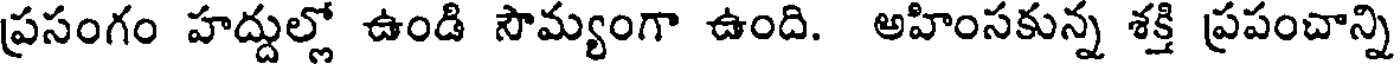
ప్రసంగం హద్దుల్లో ఉండి సౌమ్యంగా ఉంది. అహింసకున్న శక్తి ప్రపంచాన్ని